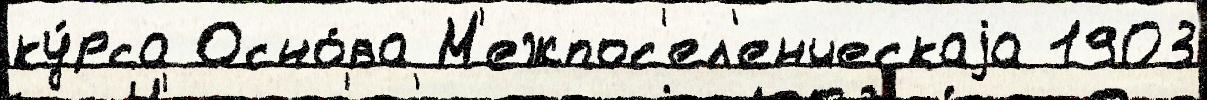
ку́рса Осно́ва М'ежпос'ел'енческаjа 1903